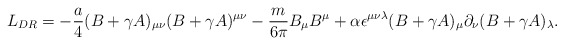
\begin{align*}L_{DR}=-{a\over 4}(B+\gamma A)_{\mu\nu}(B+\gamma A)^{\mu\nu }-{m\over {6\pi}}B_\mu B^{\mu }+\alpha\epsilon^{\mu\nu\lambda}(B+\gamma A)_\mu\partial_\nu (B+\gamma A)_\lambda .\end{align*}